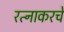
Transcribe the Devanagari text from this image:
रत्‍नाकरचे